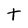
Character: t